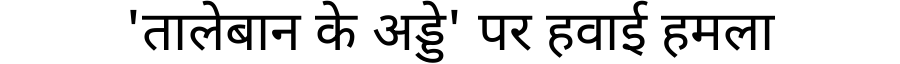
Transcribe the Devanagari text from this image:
'तालेबान के अड्डे' पर हवाई हमला